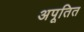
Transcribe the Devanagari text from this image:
अपूतित